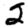
Digit: 2